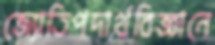
জ্যোতিপদার্থবিজ্ঞানে